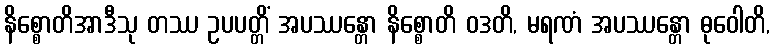
နိစ္စောတိအာဒီသု တဿ ဥပပတ္တိံ အပဿန္တော နိစ္စောတိ ဝဒတိ, မရဏံ အပဿန္တော ဓုဝေါတိ,